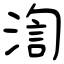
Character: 渹